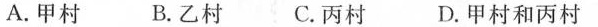
A.甲村 B.乙村 C.丙村 D.甲村和丙村